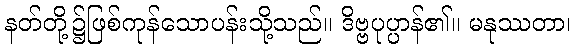
နတ်တို့၌ဖြစ်ကုန်သောပန်းသို့သည်။ ဒိဗ္ဗပုပ္ပာန်၏။ မနုဿတာ၊